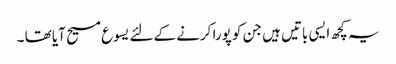
یہ کچھ ایسی باتیں ہیں جن کو پورا کرنے کےلئے یسوع مسیح آیا تھا ۔